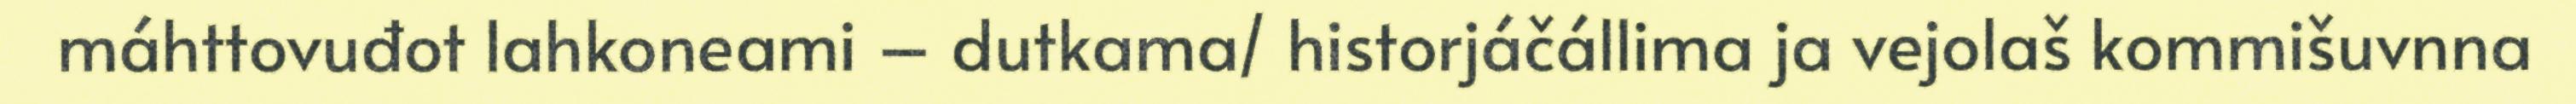
máhttovuđot lahkoneami – dutkama/ historjáčállima ja vejolaš kommišuvnna